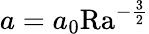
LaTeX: a=a_{0}\mathrm{{Ra}}^{-\frac{3}{2}}